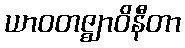
ယာဝတဇ္ဈာဝိနီတာ